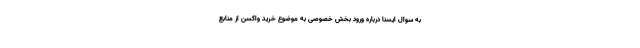
به سوال ایسنا درباره ورود بخش خصوصی به موضوع خرید واکسن از منابع